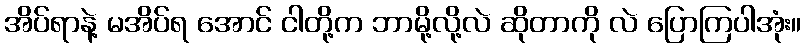
အိပ်ရာနဲ့ မအိပ်ရ အောင် ငါတို့က ဘာမို့လို့လဲ ဆိုတာကို လဲ ပြောကြပါအုံး။